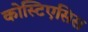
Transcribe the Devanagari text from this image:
कोस्टिएसिस